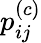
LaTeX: p_{ij}^{(c)}